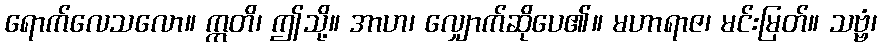
ရောက်လေသလော။ ဣတိ၊ ဤသို့။ အာဟ၊ လျှောက်ဆိုပေ၏။ မဟာရာဇ၊ မင်းမြတ်။ သဗ္ဗံ၊